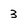
Character: 3